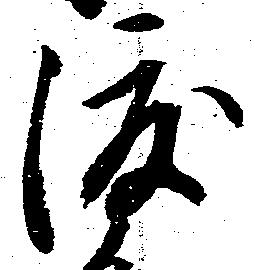
渡